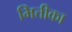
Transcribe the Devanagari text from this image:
भित्तीका